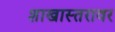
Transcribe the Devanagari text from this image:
शाखास्तरावर